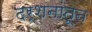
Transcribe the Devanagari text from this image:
दर्शनांतून